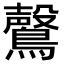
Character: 𮭑